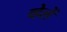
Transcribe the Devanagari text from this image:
व्हेलें